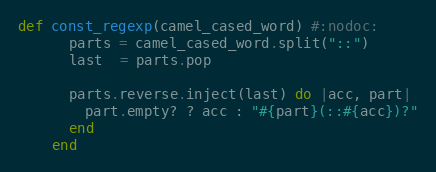
Language: Ruby
def const_regexp(camel_cased_word) #:nodoc:
      parts = camel_cased_word.split("::")
      last  = parts.pop

      parts.reverse.inject(last) do |acc, part|
        part.empty? ? acc : "#{part}(::#{acc})?"
      end
    end